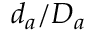
d _ { a } / D _ { a }